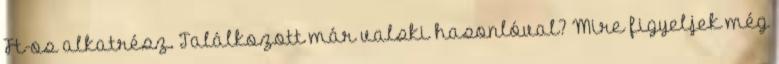
Ft-os alkatrész. Találkozott már valski hasonlóval? Mire figyeljek még